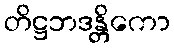
တိဋ္ဌဘဒန္တိကော